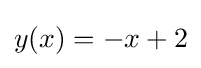
y(x)=-x+2